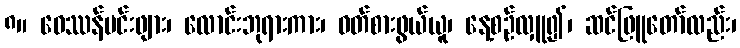
၈။ ဝေဿန်မင်းဖျား၊ လောင်းဘုရားကား၊ ဝတ်စားဖွယ်ယူ၊ နေ့စဉ်လှူ၍၊ ဆင်ဖြူတော်လည်း၊